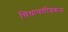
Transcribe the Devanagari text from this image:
चिथावणीवरून